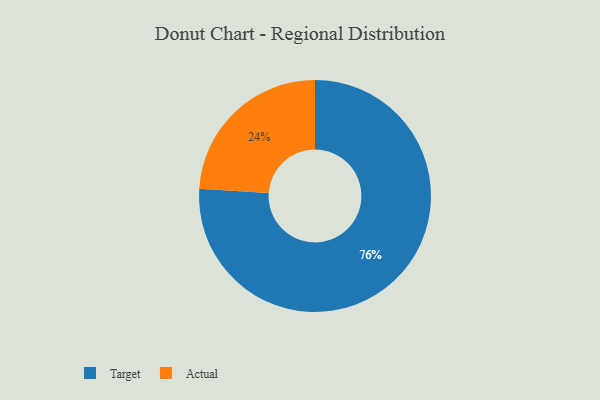
{"axis": {"x": "Category", "y": "Percentage"}, "legend": ["Actual", "Target"], "data": [{"x": "Actual", "y": 24, "type": "Actual"}, {"x": "Target", "y": 76, "type": "Target"}]}